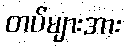
တပ်များအား